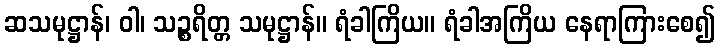
ဆသမုဋ္ဌာန်၊ ဝါ၊ သဉ္စရိတ္တ သမုဋ္ဌာန်။ ရံခါကြိယ။ ရံခါအကြိယ နေရာကြားစေ၍